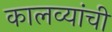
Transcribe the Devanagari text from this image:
कालव्यांची